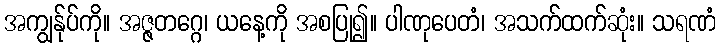
အကျွန်ုပ်ကို။ အဇ္ဇတဂ္ဂေ၊ ယနေ့ကို အစပြု၍။ ပါဏုပေတံ၊ အသက်ထက်ဆုံး။ သရဏံ